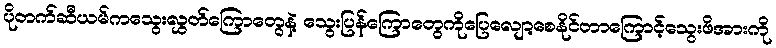
ပိုတက်ဆီယမ်ကသွေးလွှတ်ကြောတွေနဲ့ သွေးပြန်ကြောတွေကိုပြေလျော့စေနိုင်တာကြောင့်သွေးဖိအားကို